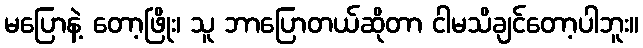
မပြောနဲ့ တော့ဖြိုး၊ သူ ဘာပြောတယ်ဆိုတာ ငါမသိချင်တော့ပါဘူး။